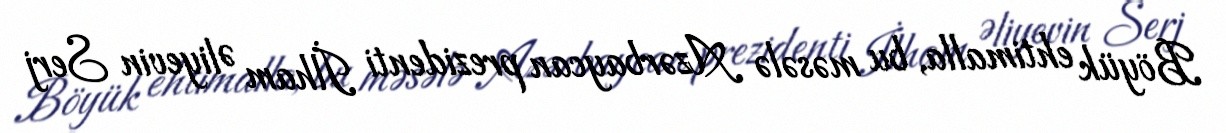
Böyük ehtimalla, bu məsələ Azərbaycan prezidenti İlham Əliyevin Serj